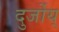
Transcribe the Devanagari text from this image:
दुर्जोय्